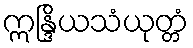
ဣန္ဒြိယသံယုတ္တံ